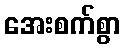
အေးစက်စွာ